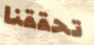
تحققنا